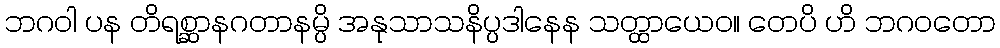
ဘဂဝါ ပန တိရစ္ဆာနဂတာနမ္ပိ အနုသာသနိပ္ပဒါနေန သတ္ထာယေဝ။ တေပိ ဟိ ဘဂဝတော